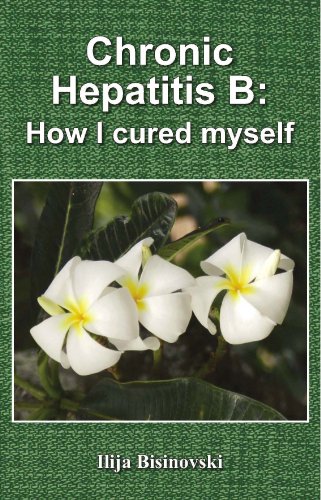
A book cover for Chronic Hepatitis B: How I Cured Myself; Ilija Bisinovski; Health, Fitness & Dieting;